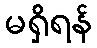
မရှိရန်